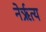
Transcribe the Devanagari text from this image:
नेर्ऋत्य